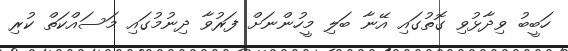
ހަބީބު ވިދާޅުވި ގޮތުގައި އޭނާ ބަލި މީހުންނަށް ފަރުވާ ދިނުމުގައި މަސައްކަތް ކުރި